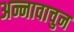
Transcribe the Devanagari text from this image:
अन्नावाचुन